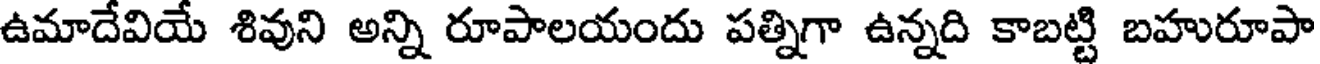
ఉమాదేవియే శివుని అన్ని రూపాలయందు పత్నిగా ఉన్నది కాబట్టి బహురూపా